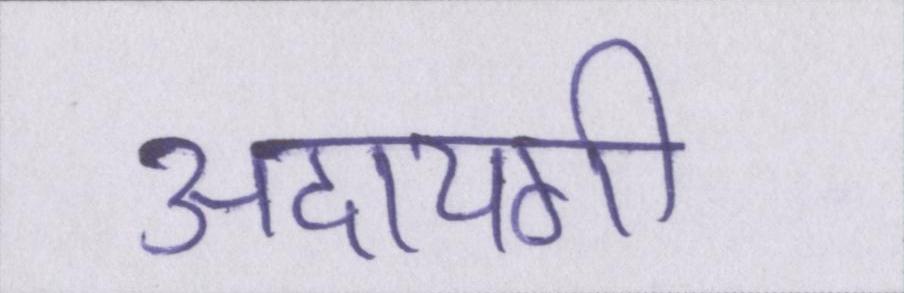
अदायगी